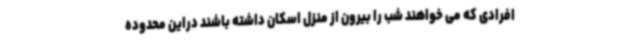
افرادی که می خواهند شب را بیرون از منزل اسکان داشته باشند دراین محدوده